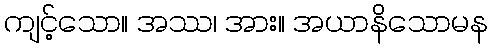
ကျင့်သော။ အဿ၊ အား။ အယာနိသောမန